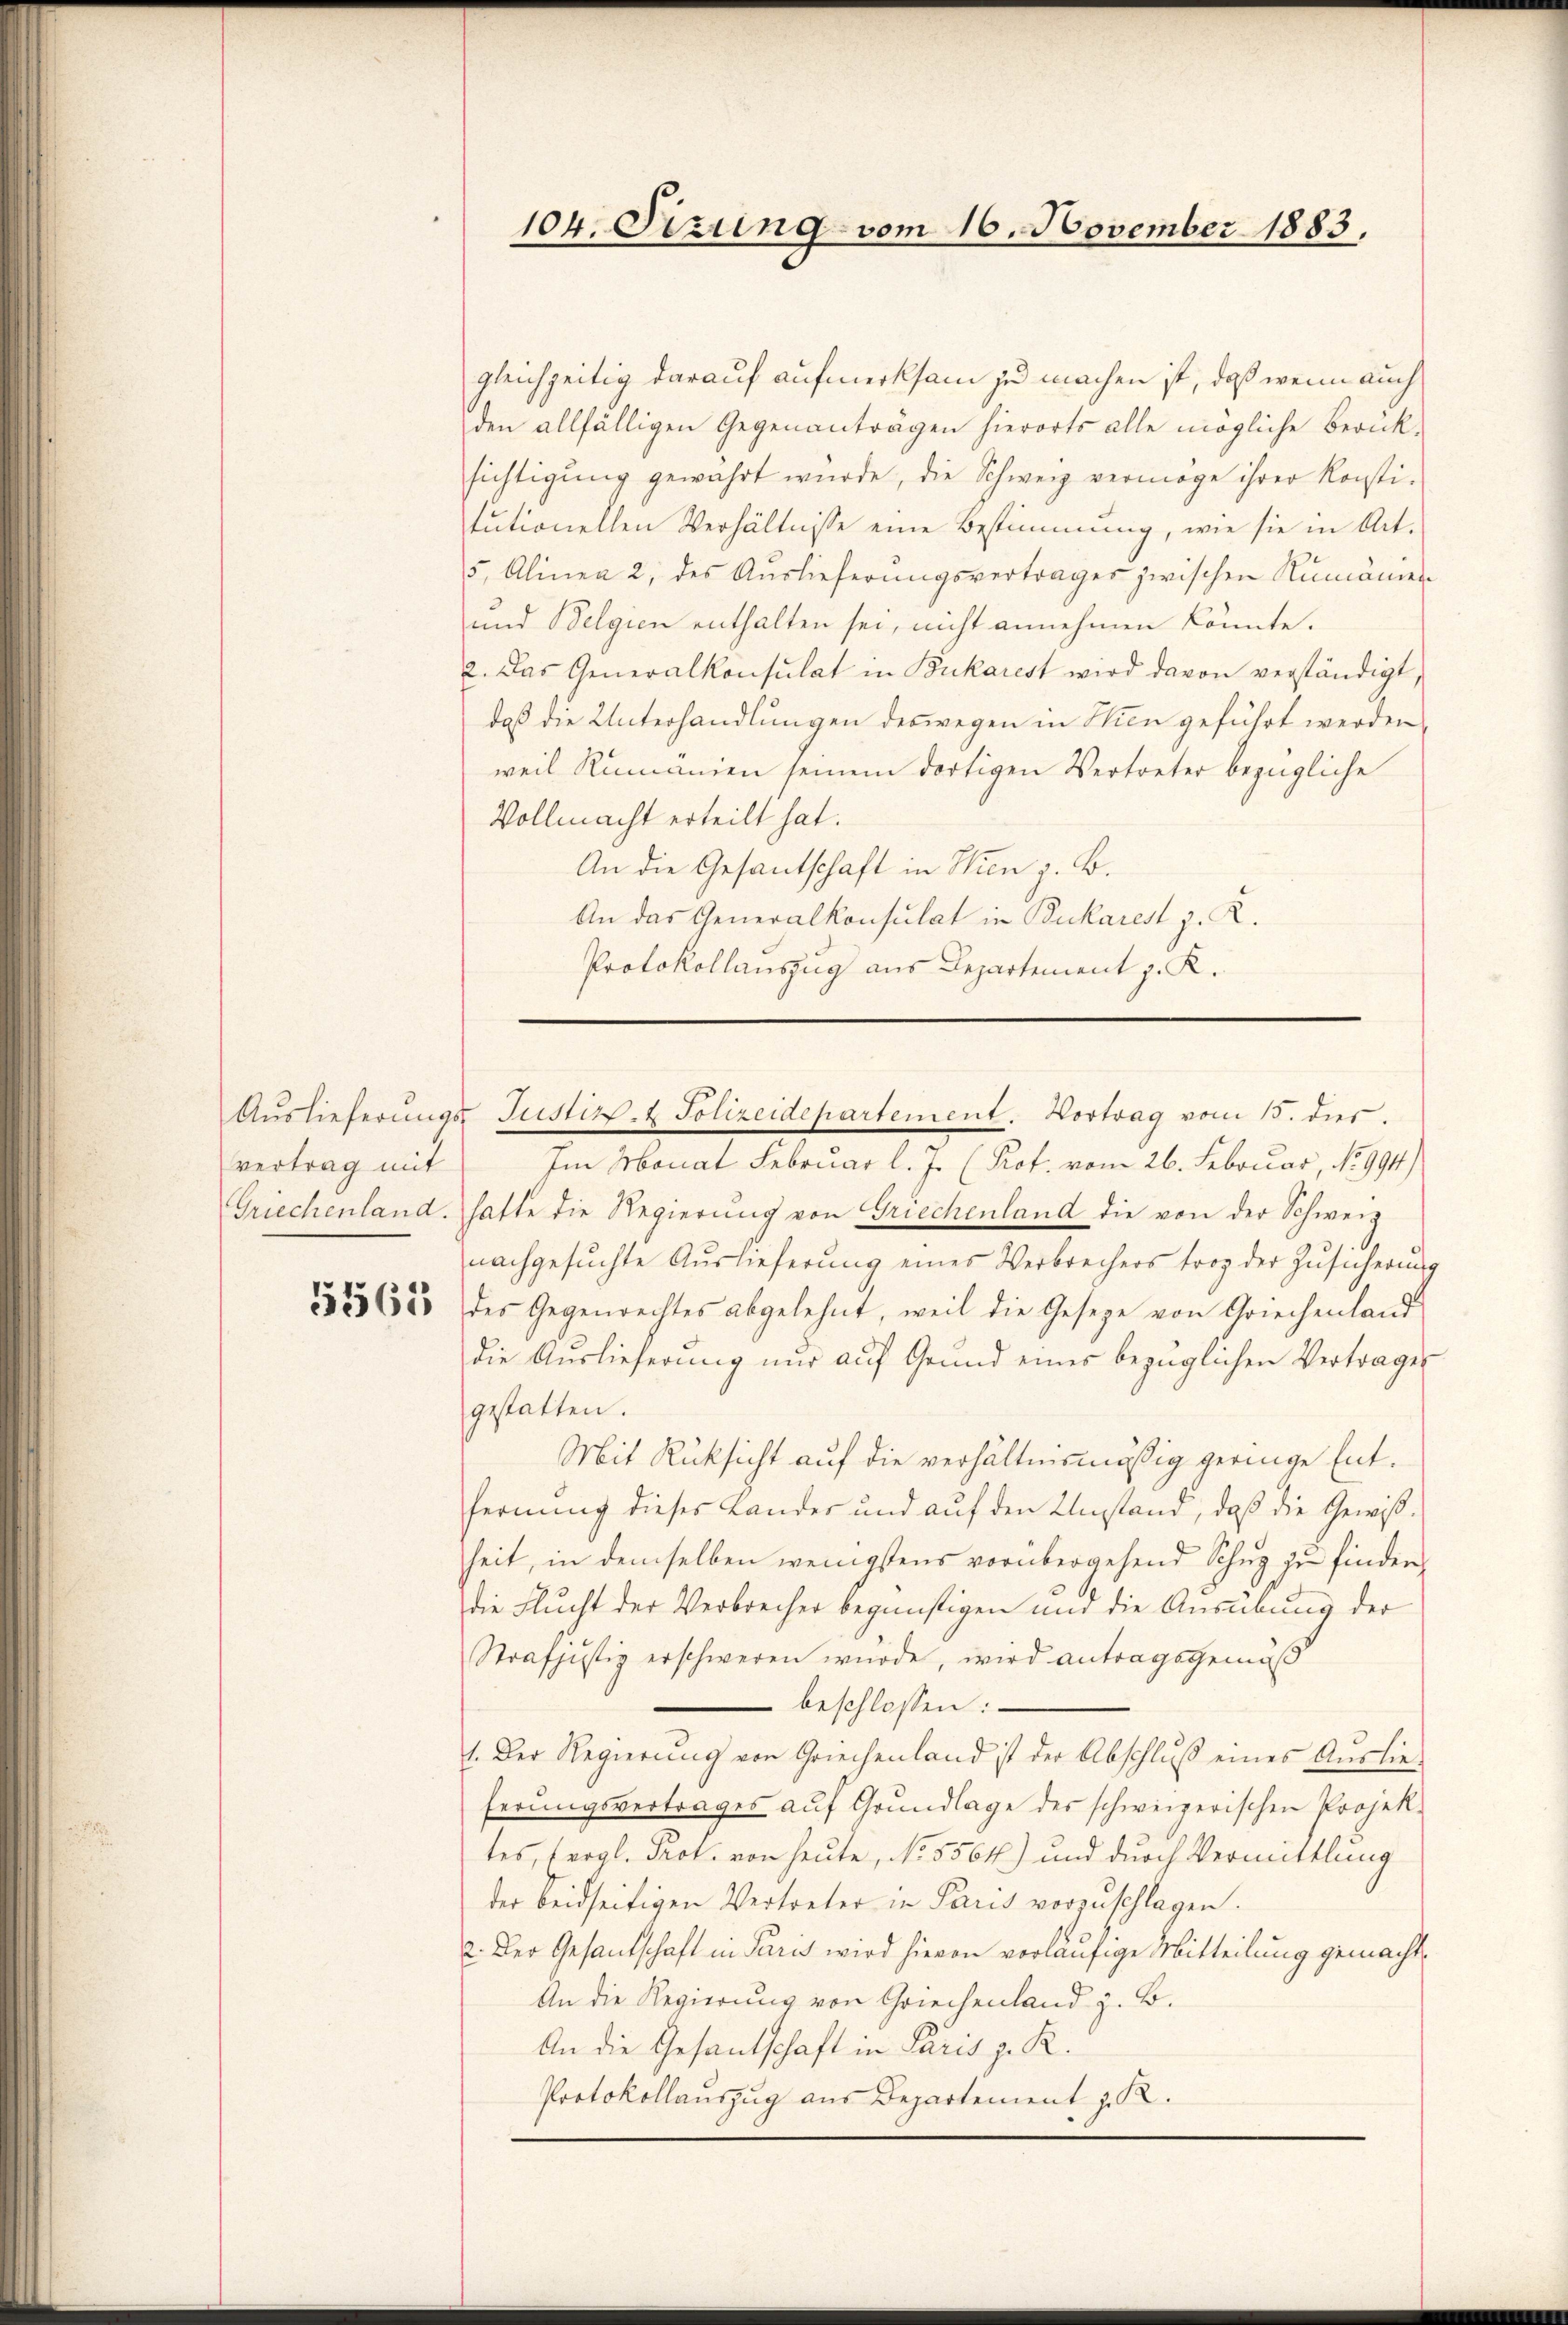
vertrag mit

5563

104. Sizung vom 16. November 1883.

gleichzeitig darauf aufmerksam zu machen ist, daß wenn auch
den allfälligen Gegenanträgen hierorts alle mögliche Berück-
sichtigung gewahrt würde, die Schweiz vermöge ihrer Konsti-
tutionellen Verhältnisse eine Bestimmung, wie sie in Art.
5, Alinea 2 des Auslieferŭngsvertrages zwischen Rumänien-
und Belgien enthalten sei, nicht annehmen könnte.
2. Das Generalkonsulat in Bukarest wird davon verständigt,
daß die Unterhandlungen deswegen in Thien geführt werden,
weil Rumänien seinem dortigen Vertreter bezügliche
Vollmacht erteilt hat.
An die Gesantschaft in Wien z. B.
An das Generalkonsulat in Bukarest z. R.
Protokollauszug aus Departement z. K.

Aŭslieferŭngs- Justiz- & Polizeidepartement. Vortrag vom 15. dies

Im Monat Februar l. J. (Prof. vom 26. Februar, No 994)
Griechenland. hatte die Regierŭng von Griechenland die von der Schweiz
nachgesŭchte Aŭslieferŭng eines Verbrechers trop der Zŭsicherŭng
des Gegenrechtes abgelehnt, weil die Gesetze von Griechenland
die Auslieferung nur auf Grund eines bezüglichen Vertrages
gestatten.
Mit Rücksicht auf die verhältnismässig geringe Entfernung dieses Landes und auf den Umstand, daß die Gewißheit, in demselben wenigstens vorübergehend Schuz zu finder
die Flucht der Verbrecher begünstigen und die Ausübung der
Strafjustiz erschweren wurde, wird antragsgemäß
 beschlossen:
1. Der Regierŭng von Griechenland ist der Abschlŭβ eines Auslie-
ferungsvertrages auf Grundlage des schweizerischen Projek-
tes, Erogl. Prot. von heute, No 5564) und durch Vermittlung
der beidseitigen Vertreter in Paris vorzuschlagen.
2. Der Gesandschaft in Paris wird hievon vorläufige Mitteilung gemacht
An die Regierung von Griechenland z. B.
An die Gesandschaft in Paris z. R.
Protokollauszug aus Departement z. R.